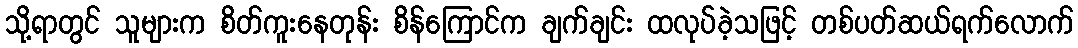
သို့ရာတွင် သူများက စိတ်ကူးနေတုန်း စိန်ကြောင်က ချက်ချင်း ထလုပ်ခဲ့သဖြင့် တစ်ပတ်ဆယ်ရက်လောက်